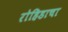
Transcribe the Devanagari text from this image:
रोहिडाचा